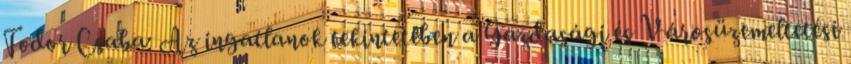
Fodor Csaba: Az ingatlanok tekintetében a Gazdasági és Városüzemeltetési